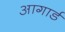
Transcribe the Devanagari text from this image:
आगार्ड